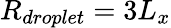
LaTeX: R_{droplet}=3L_{x}